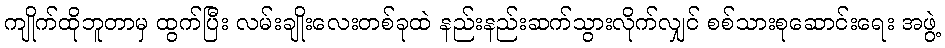
ကျိုက်ထိုဘူတာမှ ထွက်ပြီး လမ်းချိုးလေးတစ်ခုထဲ နည်းနည်းဆက်သွားလိုက်လျှင် စစ်သားစုဆောင်းရေး အဖွဲ့